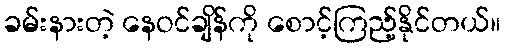
ခမ်းနားတဲ့ နေဝင်ချိန်ကို စောင့်ကြည့်နိုင်တယ်။